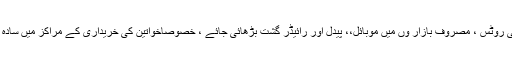
رمضان المبارک کے آخری عشرے میں سرکل کے خارجی و داخلی روٹس ، مصروف بازار وں میں موبائل،، پیدل اور رائیڈر گشت بڑھائی جائے ، خصوصاًخواتین کی خریداری کے مراکز میں سادہ کپڑوں میں ملبوس پولیس اہلکاروں کی خدمات حاصل کی جائیگی ۔